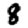
Digit: 8